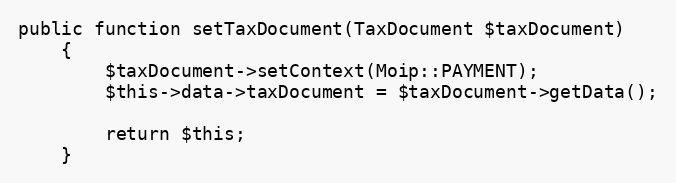
Language: PHP
public function setTaxDocument(TaxDocument $taxDocument)
    {
        $taxDocument->setContext(Moip::PAYMENT);
        $this->data->taxDocument = $taxDocument->getData();

        return $this;
    }